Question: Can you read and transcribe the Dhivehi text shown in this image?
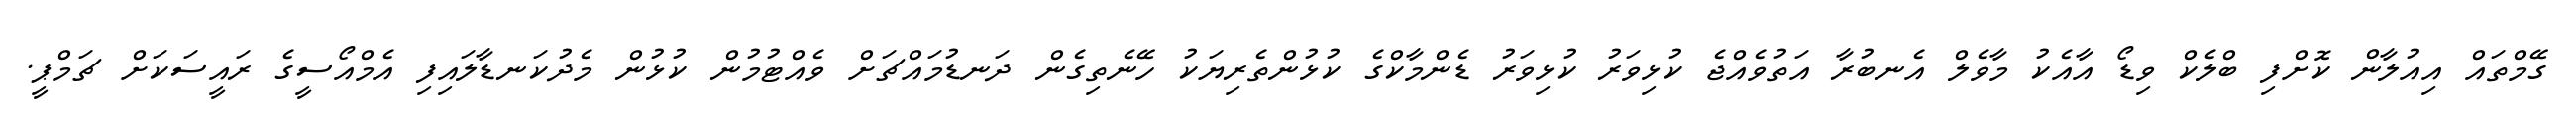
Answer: ގޭމްތައް އިއުލާން ކޮށްފި ބްލެކް ވިޑޯ އާއެކު މާވެލް އެނބުރާ އަތުވެއްޖެ ކުޅިވަރު ކުޅިވަރު ޑެންމާކްގެ ކުޅުންތެރިޔަކު ހޭނެތިގެން ދަނޑުމައްޗަށް ވެއްޓުމުން ކުޅުން މެދުކަނޑާލައިފި އެމްއޯސީގެ ރައީސަކަށް ޗަމްޕީ.